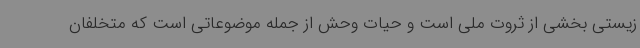
زیستی بخشی از ثروت ملی است و حیات‌ وحش از جمله موضوعاتی است که متخلفان